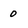
Character: 0